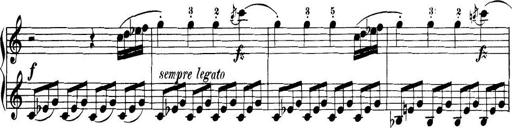
Title: 32 Sonatinas and Rondos for the Piano
Composer: Richard Kleinmichel